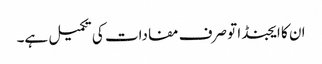
ان کا ایجنڈا تو صرف مفادات کی تکمیل ہے۔